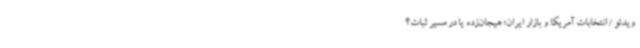
ویدئو / انتخابات آمریکا و بازار ایران؛ هیجان‌زده یا در مسیر ثبات؟